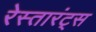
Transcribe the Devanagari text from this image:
रेस्तारंट्स